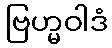
ဗြဟ္မဝါဒံ